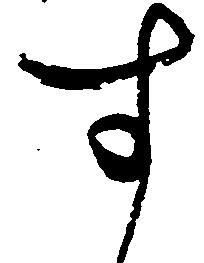
す